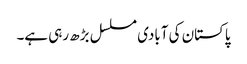
پاکستان کی آبادی مسلسل بڑھ رہی ہے۔